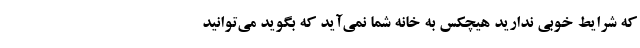
که شرایط خوبی ندارید هیچکس به خانه شما نمی‌آید که بگوید می‌توانید